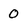
Character: 0